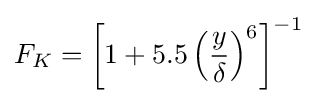
F_{K}=\left[1+5.5\left({\frac {y}{\delta }}\right)^{6}\right]^{-1}